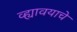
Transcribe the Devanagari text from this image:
व्ह्यावयाचे